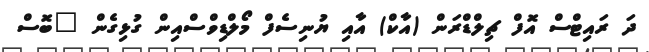
ދަ ރައިޓްސް އޮފް ޗިލްޑްރަން (އާކް) އާއި ޔުނިސެފް މޯލްޑިވްސްއިން ގުޅިގެން "ބޮސް